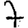
Digit: 7